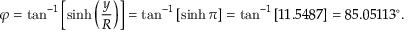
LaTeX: \varphi = \tan ^ { - 1 } \left[ \sinh \left( { \frac { y } { R } } \right) \right] = \tan ^ { - 1 } \left[ \sinh \pi \right] = \tan ^ { - 1 } \left[ 1 1 . 5 4 8 7 \right] = 8 5 . 0 5 1 1 3 ^ { \circ } .